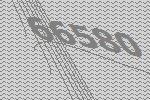
66580